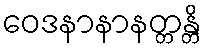
ဝေဒနာနာနတ္တန္တိ